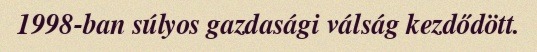
1998-ban súlyos gazdasági válság kezdődött.